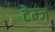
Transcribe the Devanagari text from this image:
टेम्ज